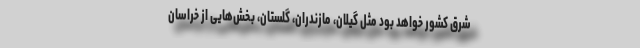
شرق کشور خواهد بود مثل گیلان، مازندران، گلستان، بخش‌هایی از خراسان